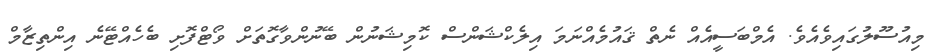
މިއުސޫލުގައިވެއެވެ. އެމްބަސީއެއް ނެތް ޤައުމެއްނަމަ އިލެކްޝަންސް ކޮމިޝަނުން ބޭނުންވާގޮތަށް ވޯޓްފޮށި ބެހެއްޓޭނެ އިންތިޒާމް